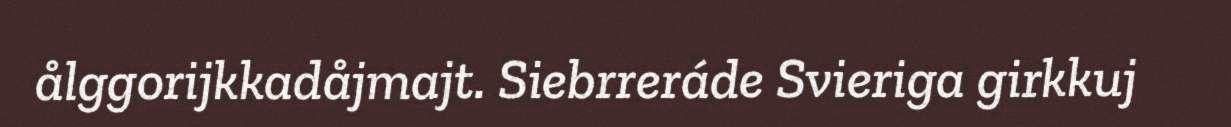
ålggorijkkadåjmajt. Siebrreráde Svieriga girkkuj